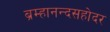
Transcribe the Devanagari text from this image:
ब्रम्हानन्दसहोदर